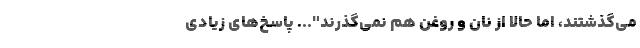
می‌گذشتند، اما حالا از نان و روغن هم نمی‌گذرند"... پاسخ‌های زیادی